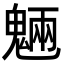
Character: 魎